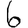
Digit: 6